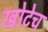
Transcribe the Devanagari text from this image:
खोटेच